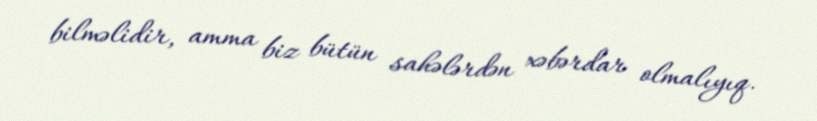
bilməlidir, amma biz bütün sahələrdən xəbərdar olmalıyıq.